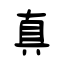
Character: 真